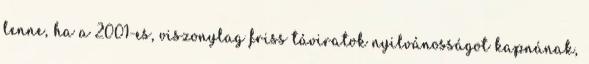
lenne, ha a 2001-es, viszonylag friss táviratok nyilvánosságot kapnának,